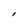
Character: l